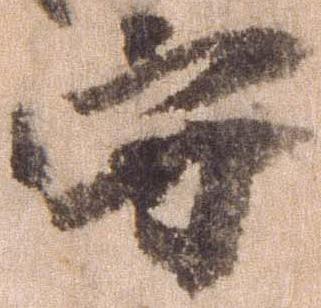
守